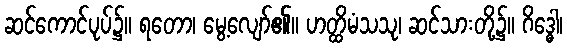
ဆင်ကောင်ပုပ်၌။ ရတော၊ မွေ့လျော်၏။ ဟတ္ထိမံသသု၊ ဆင်သားတို့၌။ ဂိဒ္ဓေါ၊